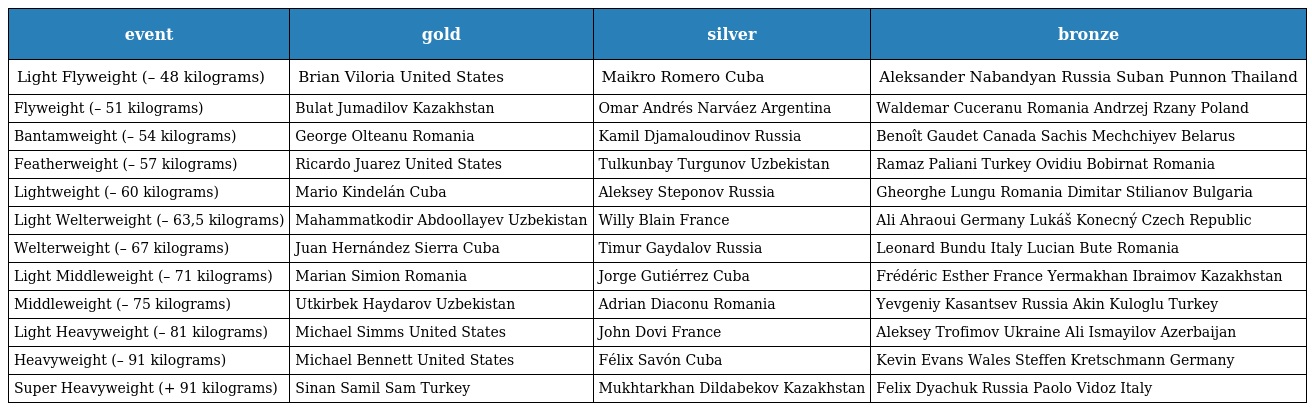
| event | gold | silver | bronze |
 | --- | --- | --- | --- |
 | Light Flyweight (– 48 kilograms) | Brian Viloria United States | Maikro Romero Cuba | Aleksander Nabandyan Russia Suban Punnon Thailand |
 | Flyweight (– 51 kilograms) | Bulat Jumadilov Kazakhstan | Omar Andrés Narváez Argentina | Waldemar Cuceranu Romania Andrzej Rzany Poland |
 | Bantamweight (– 54 kilograms) | George Olteanu Romania | Kamil Djamaloudinov Russia | Benoît Gaudet Canada Sachis Mechchiyev Belarus |
 | Featherweight (– 57 kilograms) | Ricardo Juarez United States | Tulkunbay Turgunov Uzbekistan | Ramaz Paliani Turkey Ovidiu Bobirnat Romania |
 | Lightweight (– 60 kilograms) | Mario Kindelán Cuba | Aleksey Steponov Russia | Gheorghe Lungu Romania Dimitar Stilianov Bulgaria |
 | Light Welterweight (– 63,5 kilograms) | Mahammatkodir Abdoollayev Uzbekistan | Willy Blain France | Ali Ahraoui Germany Lukáš Konecný Czech Republic |
 | Welterweight (– 67 kilograms) | Juan Hernández Sierra Cuba | Timur Gaydalov Russia | Leonard Bundu Italy Lucian Bute Romania |
 | Light Middleweight (– 71 kilograms) | Marian Simion Romania | Jorge Gutiérrez Cuba | Frédéric Esther France Yermakhan Ibraimov Kazakhstan |
 | Middleweight (– 75 kilograms) | Utkirbek Haydarov Uzbekistan | Adrian Diaconu Romania | Yevgeniy Kasantsev Russia Akin Kuloglu Turkey |
 | Light Heavyweight (– 81 kilograms) | Michael Simms United States | John Dovi France | Aleksey Trofimov Ukraine Ali Ismayilov Azerbaijan |
 | Heavyweight (– 91 kilograms) | Michael Bennett United States | Félix Savón Cuba | Kevin Evans Wales Steffen Kretschmann Germany |
 | Super Heavyweight (+ 91 kilograms) | Sinan Samil Sam Turkey | Mukhtarkhan Dildabekov Kazakhstan | Felix Dyachuk Russia Paolo Vidoz Italy |